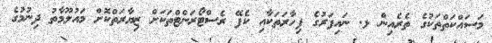
މަސައްކަތްތަކުގެ ތެރެއިން ޅ. ނައިފަރުގެ ފިހާރަތަކާއި ކެފޭ ރެސްޓޯރަންޓްތަކަށް ޒިޔާރަތްކޮށް މައުލޫމާތު ދިނުމުގެ